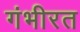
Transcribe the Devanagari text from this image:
गंभीरत